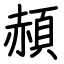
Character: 頳